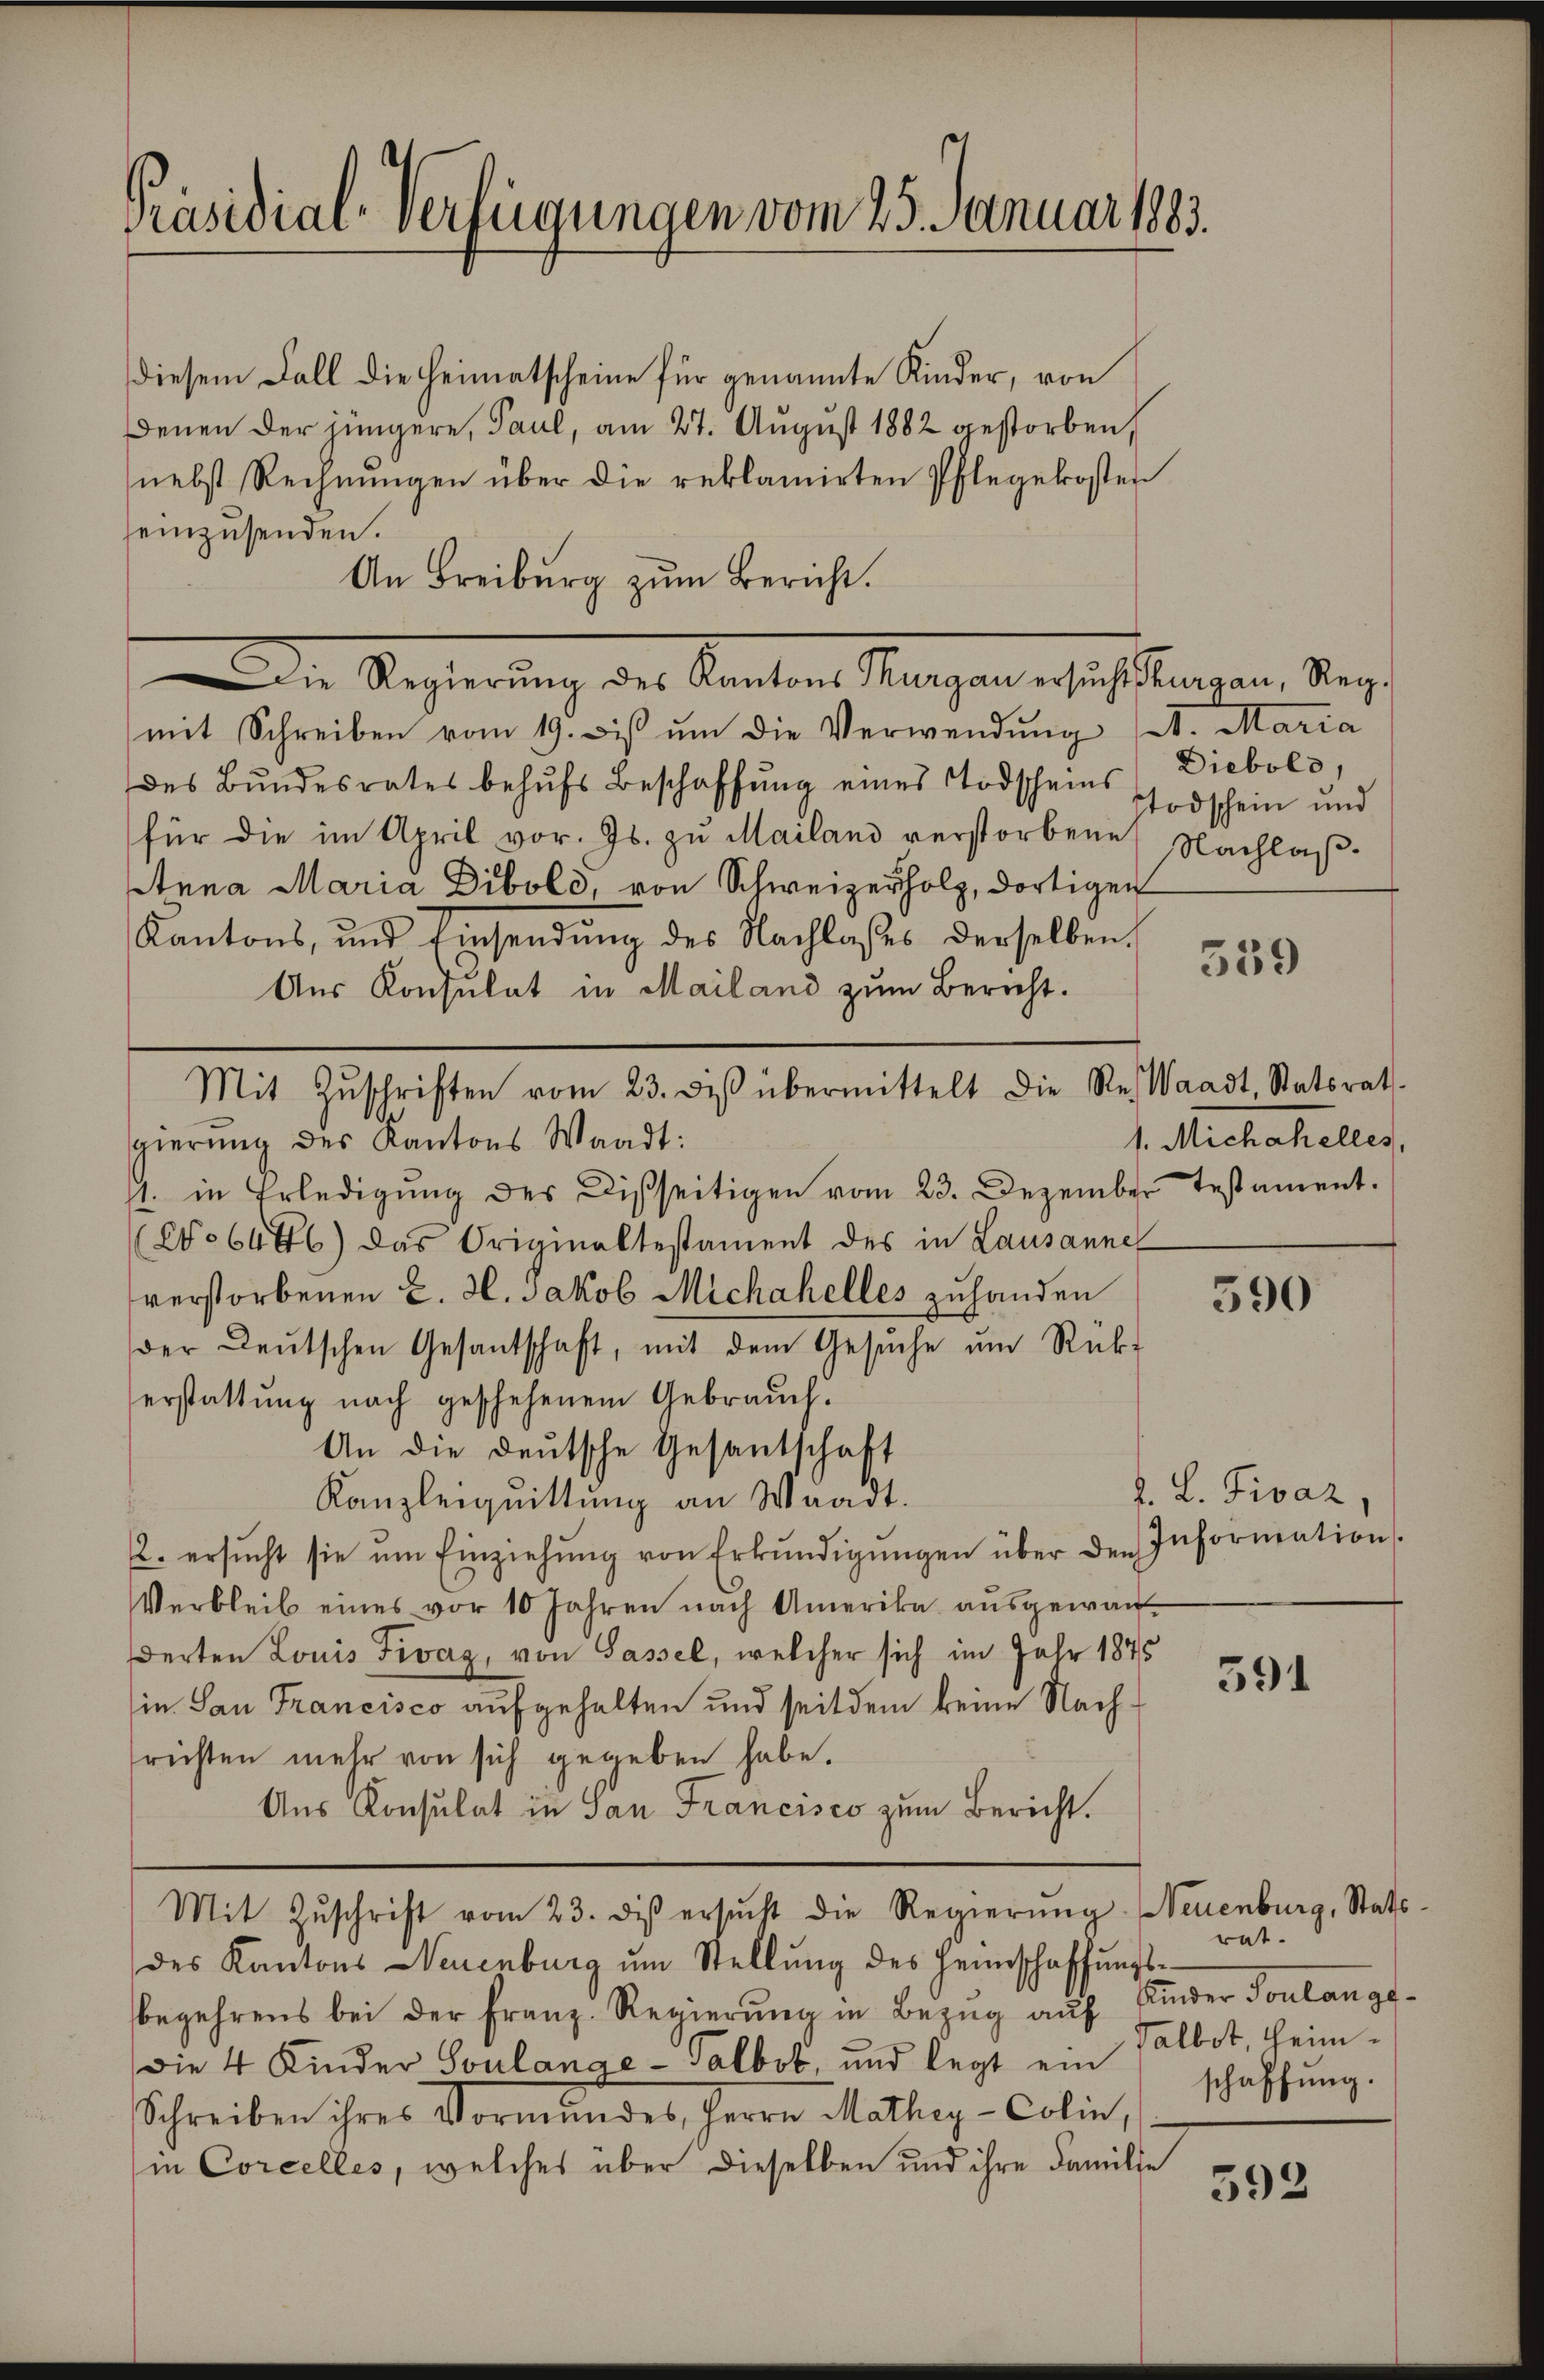
Präsidial-Verfügungen vom 25. Januar 1883.

diesem Fall die Heimatscheine für genannte Kinder, von
Denen der jüngere, Paul, am 27. August 1882 gestorben,
nebst Rechnungen über die reklamirten Pflegekosten
einzusenden.
An Freiburg zum Bericht.
Die Regierung des Kanton Mangen ersich eingen, dage
mit Schreiben vom 19. diβ ŭm die Verwendŭng (d. Maria
des Bŭndesrates behŭfs Beschaffŭng eines Todscheins Diebols,
für die im April vor. Js. zu Mailand verstorbene Nachlaß¬
Anna Maria Dibold, von Schweizerholz, dortigen
Kantons, und Einsendung des Nachlaßes derselben.
Aus Konsulat in Mailand zum Bericht.
gierung des Kantons Waadt:
11. in Erledigung des Disseitigen vom 23. Dezember testament.
(No 6486) das Originaltestament des in Lausanne
verstorbenen E. H. Jakob Michahelles zuhanden
590
der Deutschen Gesantschaft, mit dem Gesŭche ŭm Rück-
erstattung nach geschehenem Gebrauch.
An die deutsche Gesantschaft
d. L. Fivaz
Kanzleiquittung an Waadt.
2. ersŭcht sie ŭm Einziehŭng von Erkŭndigŭngen über den Information
Verbleib eines vor 10 Jahren nach Amerika aŭsgewan-
derten Louis Fivaz, von Gassel, welcher sich im Jahr 1875
391
in San Francisco aufgehalten und seit dem keine Nachsrichten mehr von sich gegeben habe.
Aus Konsulat in San Francisco zum Bericht.
Mit Zŭschrift vom 23. des ersŭcht die Regierŭng. Neuenburg, Stattrat.
des Kantons Neuenburg ŭm Stellŭng des Heimschaffŭngs-
begehrens bei der Franz-Regierŭng in Bezug auf Kinder Soulange¬
Talbst, heim¬
Die 4 Kinder Soulange - salbob, und legt ein
Schreiben ihres Vormundes, Herrn Mathey-Colin,
in Corcelles, welches über dieselben und ihre Familie
592

Mit Zŭschriften vom 23. des übermittelt die Res Waadt, Statsrath

stodschein und

1. Michahelles,

539

schaffung.